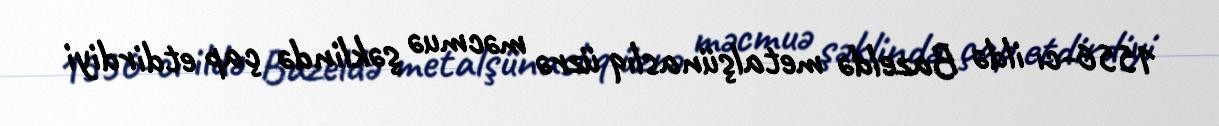
1556-cı ildə Bazeldə metalşünaslıq üzrə məcmuə şəklində çap etdirdiyi